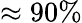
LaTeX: \approx 90\%